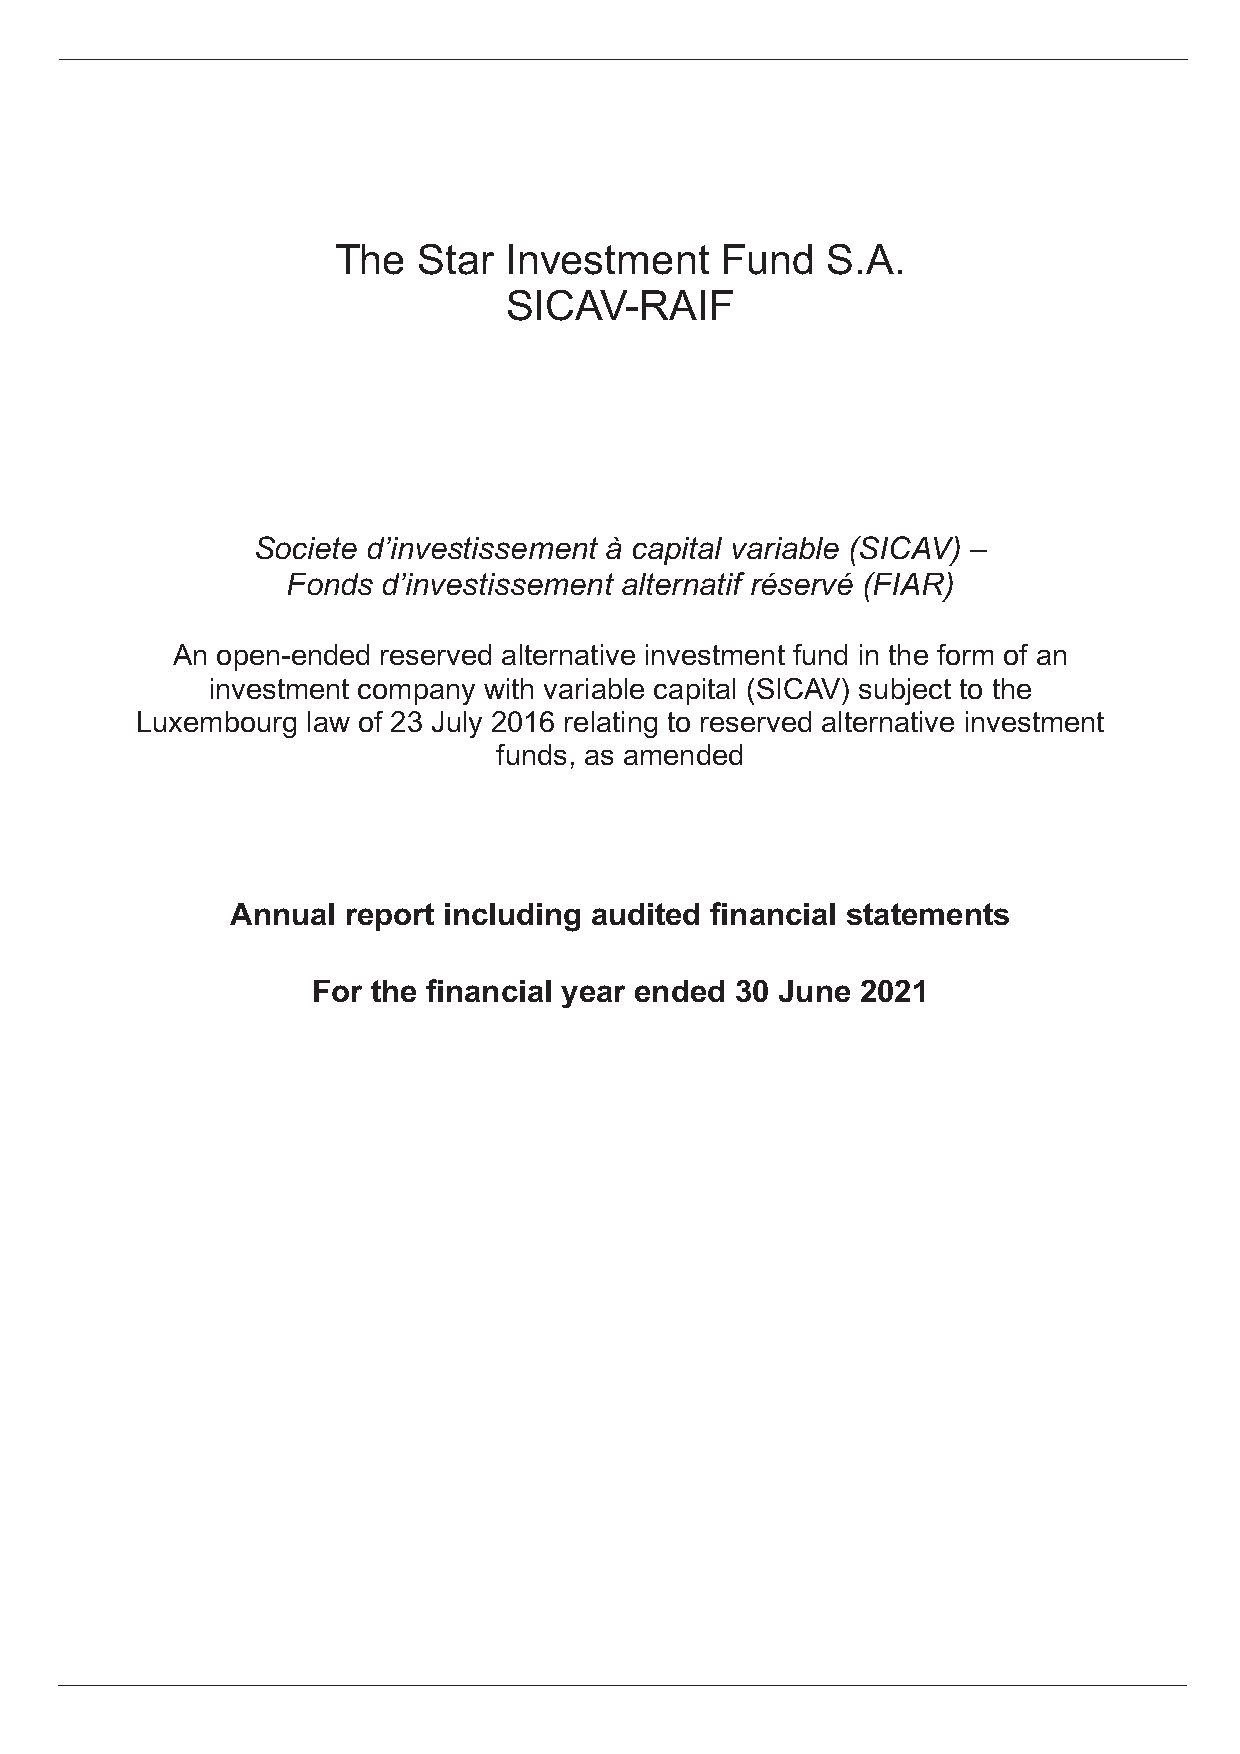
The   Star Investment     Fund   S.A.
 SICAV-RAIF
 Societe d’investissement à capital variable (SICAV) –
 Fonds d’investissement alternatif réservé (FIAR)
 An open-ended reserved alternative investment fund in the form of an
 investment company with variable capital (SICAV) subject to the
 Luxembourg law of 23 July 2016 relating to reserved alternative investment
 funds, as amended
 Annual  report including audited financial statements
 For the financial year ended 30 June 2021